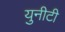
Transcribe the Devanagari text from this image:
युनीटी